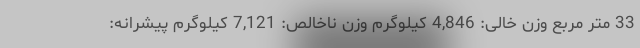
33 متر مربع وزن خالی: 4,846 کیلوگرم وزن ناخالص: 7,121 کیلوگرم پیشرانه: